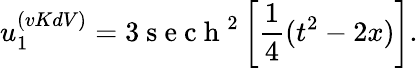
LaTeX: u_{1}^{(vKdV)}=3\mathrm{~s~e~c~h~}^{2}\left[\frac{1}{4}(t^{2}-2x)\right].